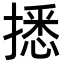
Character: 𢴑